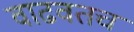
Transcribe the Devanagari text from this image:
वाढवतच